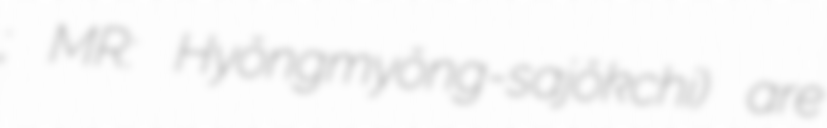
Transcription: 혁명사적지; MR: Hyŏngmyŏng-sajŏkchi) are